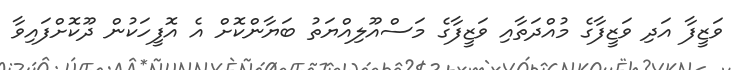
ވަޒީފާ އަދި ވަޒީފާގެ މުއްދަތާއި ވަޒީފާގެ މަސްއޫލިއްޔަތު ބަޔާންކޮށް އެ އޮފީހަކުން ދޫކޮށްފައިވާ